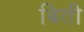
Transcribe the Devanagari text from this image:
बिती